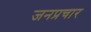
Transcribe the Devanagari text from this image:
जनप्रचार